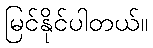
မြင်နိုင်ပါတယ်။